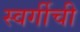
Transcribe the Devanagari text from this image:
स्वर्गीची